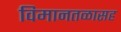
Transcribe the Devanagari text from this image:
विमानतळासह